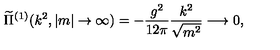
\widetilde { \Pi } ^ { ( 1 ) } ( k ^ { 2 } , | m | \rightarrow \infty ) = - \frac { g ^ { 2 } } { 1 2 \pi } \frac { k ^ { 2 } } { \sqrt { m ^ { 2 } } } \longrightarrow 0 ,